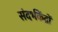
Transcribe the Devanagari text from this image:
संदर्भकेंद्रों